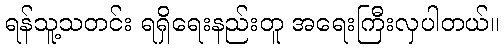
ရန်သူ့သတင်း ရရှိရေးနည်းတူ အရေးကြီးလှပါတယ်။